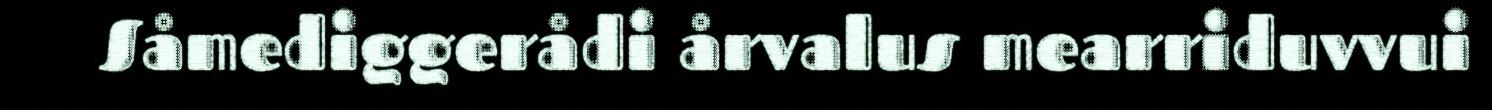
Såmediggerådi årvalus mearriduvvui